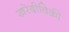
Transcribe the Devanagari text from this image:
खरेदीविक्री